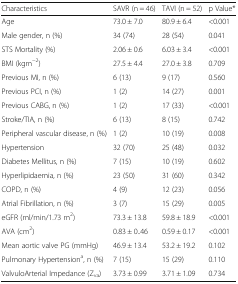
| Characteristics | SAVR (n = 46) | TAVI (n = 52) | p Value* |
 | --- | --- | --- | --- |
 | Age | 73.0 ± 7.0 | 80.9 ± 6.4 | <0.001 |
 | Male gender, n (%) | 34 (74) | 28 (54) | 0.041 |
 | STS Mortality (%) | 2.06 ± 0.6 | 6.03 ± 3.4 | <0.001 |
 | BMI (kgm−2) | 27.5 ± 4.4 | 27.0 ± 3.8 | 0.709 |
 | Previous MI, n (%) | 6 (13) | 9 (17) | 0.560 |
 | Previous PCI, n (%) | 1 (2) | 14 (27) | 0.001 |
 | Previous CABG, n (%) | 1 (2) | 17 (33) | <0.001 |
 | Stroke/TIA, n (%) | 6 (13) | 8 (15) | 0.742 |
 | Peripheral vascular disease, n (%) | 1 (2) | 10 (19) | 0.008 |
 | Hypertension | 32 (70) | 25 (48) | 0.032 |
 | Diabetes Mellitus, n (%) | 7 (15) | 10 (19) | 0.602 |
 | Hyperlipidaemia, n (%) | 23 (50) | 31 (60) | 0.342 |
 | COPD, n (%) | 4 (9) | 12 (23) | 0.056 |
 | Atrial Fibrillation, n (%) | 3 (7) | 15 (29) | 0.005 |
 | eGFR (ml/min/1.73 m2) | 73.3 ± 13.8 | 59.8 ± 18.9 | <0.001 |
 | AVA (cm2) | 0.83 ± 0..46 | 0.59 ± 0.17 | <0.001 |
 | Mean aortic valve PG (mmHg) | 46.9 ± 13.4 | 53.2 ± 19.2 | 0.102 |
 | Pulmonary Hypertensiona, n (%) | 7 (15) | 15 (29) | 0.110 |
 | ValvuloArterial Impedance (Zva) | 3.73 ± 0.99 | 3.71 ± 1.09 | 0.734 |